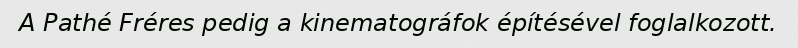
A Pathé Fréres pedig a kinematográfok építésével foglalkozott.